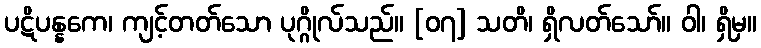
ပဋိပန္နကေ၊ ကျင့်တတ်သော ပုဂ္ဂိုလ်သည်။ [၀၇] သတိ၊ ရှိလတ်သော်။ ဝါ၊ ရှိမှ။